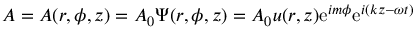
A = A ( r , \phi , z ) = A _ { 0 } \Psi ( r , \phi , z ) = A _ { 0 } u ( r , z ) \mathrm { e } ^ { i m \phi } \mathrm { e } ^ { i ( k z - \omega t ) }